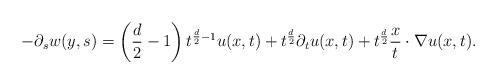
LaTeX: \begin{align*}-\partial_sw(y,s)=\left( \frac{d}{2}-1 \right)t^{\frac{d}{2}-1}u(x,t)+t^{\frac{d}{2}}\partial_t u(x,t)+t^{\frac d2} \frac{x}{t}\cdot \nabla u(x,t). \end{align*}